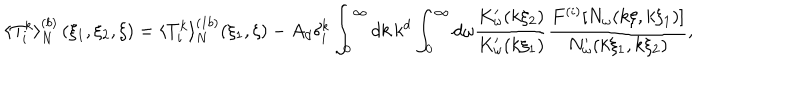
\langle T _ { i } ^ { k } \rangle _ { N } ^ { ( b ) } \left( \xi _ { 1 } , \xi _ { 2 } , \xi \right) = \langle T _ { i } ^ { k } \rangle _ { N } ^ { ( 1 b ) } ( \xi _ { 1 } , \xi ) - A _ { d } \delta _ { i } ^ { k } \int _ { 0 } ^ { \infty } d k \, k ^ { d } \int _ { 0 } ^ { \infty } d \omega \frac { K _ { \omega } ^ { \prime } ( k \xi _ { 2 } ) } { K _ { \omega } ^ { \prime } ( k \xi _ { 1 } ) } \frac { F ^ { ( i ) } [ N _ { \omega } ( k \xi , k \xi _ { 1 } ) ] } { N _ { \omega } ^ { \prime } ( k \xi _ { 1 } , k \xi _ { 2 } ) } ,